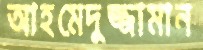
আহমেদুজ্জামান